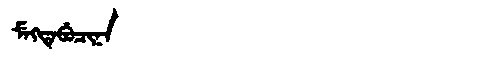
Manchu: ᠮᡝᡴᡨᡝᠪᡠᠴᡳᠨᠠ
Romanization: MEKTEBUCINA